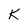
Character: K